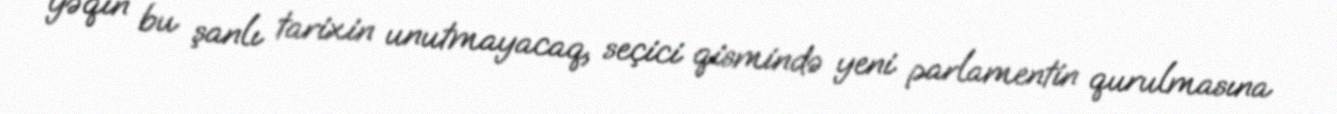
yəqin bu şanlı tarixin unutmayacaq, seçici qismində yeni parlamentin qurulmasına